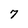
Character: 7